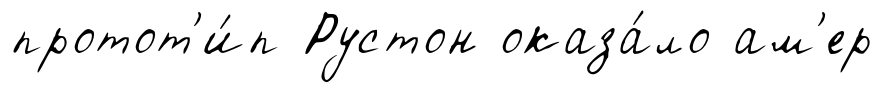
протот'и́п Рустон оказа́ло ам'ер